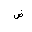
Letter: _dad